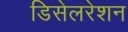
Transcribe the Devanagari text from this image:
डिसेलरेशन